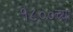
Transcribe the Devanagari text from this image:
१८००च्या